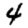
Digit: 4